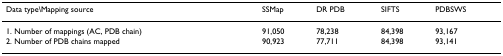
| Data type\Mapping source | SSMap | DR PDB | SIFTS | PDBSWS |
 | --- | --- | --- | --- | --- |
 | 1. Number of mappings (AC, PDB chain) | 91,050 | 78,238 | 84,398 | 93,167 |
 | 2. Number of PDB chains mapped | 90,923 | 77,711 | 84,398 | 93,141 |